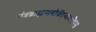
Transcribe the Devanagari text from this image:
मंत्रब्राह्मणयोर्वेदनामधेयम्